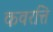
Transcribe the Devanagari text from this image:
कवरत्ति